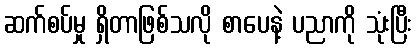
ဆက်စပ်မှု ရှိတာဖြစ်သလို စာပေနဲ့ ပညာကို သုံးပြီး